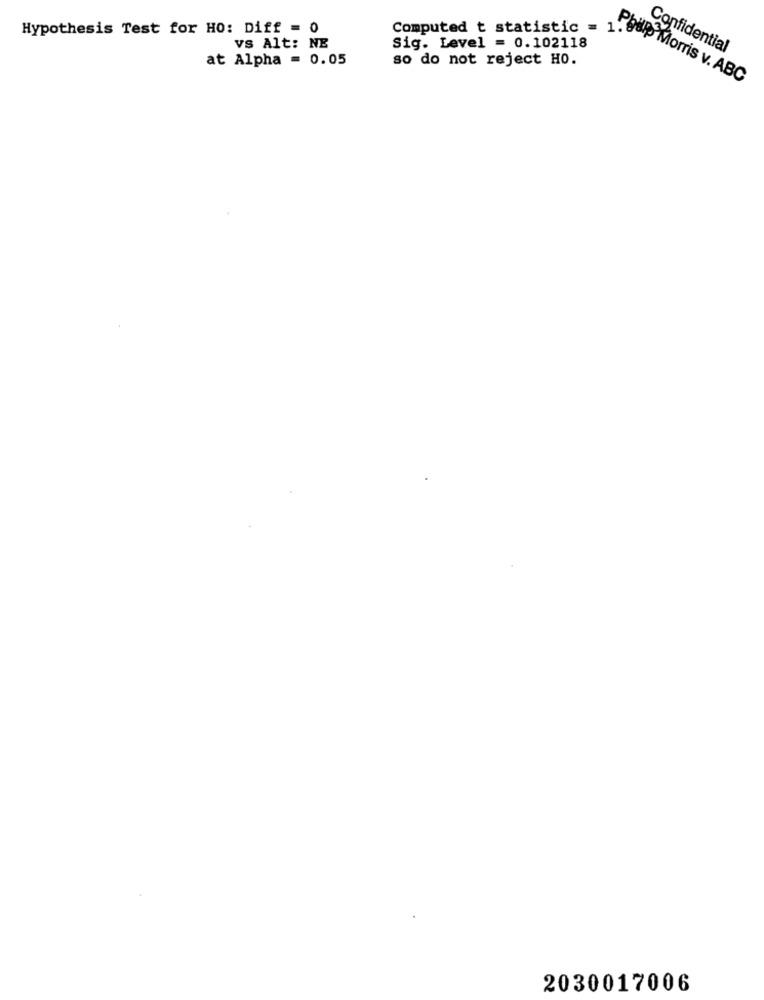
Hypothesis Test for HO: Diff = 0
Computed t statistic =
VS Alt: NE
Sig. Level = 0.102118
Confidential
at Alpha = 0.05
so do not reject HO.
1.oup Morris v. ABC
2030017006